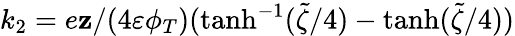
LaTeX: k_{2}=e\mathbf{z}/(4\varepsilon\phi_{T})(\operatorname{tanh}^{-1}(\tilde{{\zeta}}/4)-\operatorname{tanh}(\tilde{{\zeta}}/4))